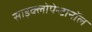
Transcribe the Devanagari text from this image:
साइक्लोपेन्टानॉल